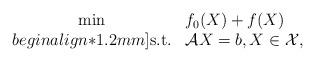
LaTeX: \begin{align*}\begin{array}{cl} \min & \displaystyle f_0(X) + f(X)\\begin{align*}1.2mm]{\rm s.t.} & {\cal A} X = b,X\in{\cal X},\end{array}\end{align*}